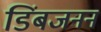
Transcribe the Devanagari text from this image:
डिंबजनन